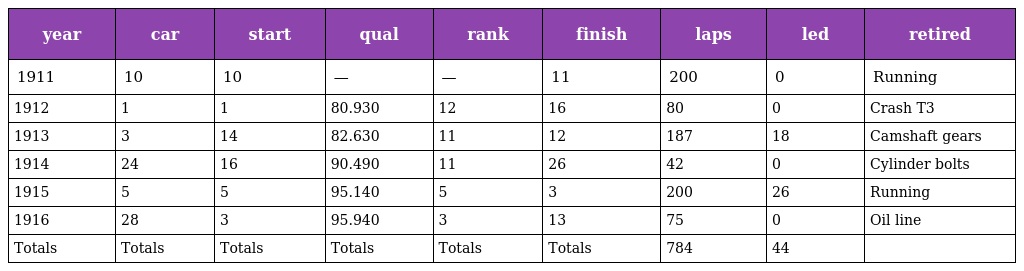
| year | car | start | qual | rank | finish | laps | led | retired |
 | --- | --- | --- | --- | --- | --- | --- | --- | --- |
 | 1911 | 10 | 10 | — | — | 11 | 200 | 0 | Running |
 | 1912 | 1 | 1 | 80.930 | 12 | 16 | 80 | 0 | Crash T3 |
 | 1913 | 3 | 14 | 82.630 | 11 | 12 | 187 | 18 | Camshaft gears |
 | 1914 | 24 | 16 | 90.490 | 11 | 26 | 42 | 0 | Cylinder bolts |
 | 1915 | 5 | 5 | 95.140 | 5 | 3 | 200 | 26 | Running |
 | 1916 | 28 | 3 | 95.940 | 3 | 13 | 75 | 0 | Oil line |
 | Totals | Totals | Totals | Totals | Totals | Totals | 784 | 44 |  |